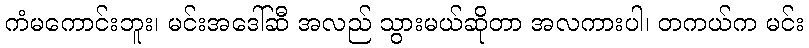
ကံမကောင်းဘူး၊ မင်းအဒေါ်ဆီ အလည် သွားမယ်ဆိုတာ အလကားပါ၊ တကယ်က မင်း